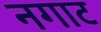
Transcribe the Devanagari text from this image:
नगाट